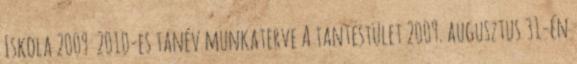
Iskola 2009 2010-es tanév munkaterve A tantestület 2009. augusztus 31-én